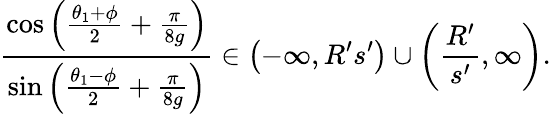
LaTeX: \frac{\cos\left(\frac{\theta_{1}+\phi}{2}+\frac{\pi}{8g}\right)}{\sin\left(\frac{\theta_{1}-\phi}{2}+\frac{\pi}{8g}\right)}\in\left(-\infty,R^{\prime}s^{\prime}\right)\cup\left(\frac{R^{\prime}}{s^{\prime}},\infty\right).